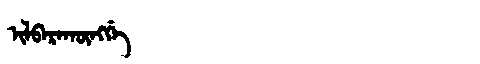
Manchu: ᡳᠯᠪᠠᡵᠠᡴᡡᠩᡤᡝ
Romanization: ILBARAKŪNGGE